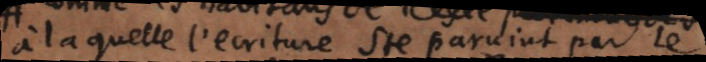
à la quelle l’ecriture Ste parvint par le